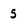
Character: 5